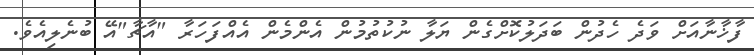
ފާޚާނާއަށް ވަދެ ހެދުން ބަދަލުކޮށްގެން ޔަލާ ނުކުތުމުން އެންމެން އެއްފަހަރާ "އާޗާ"އޭ ބުނެލިއެވެ.